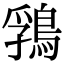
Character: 䳕